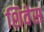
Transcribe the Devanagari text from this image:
शिवेस